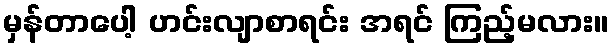
မှန်တာပေါ့ ဟင်းလျာစာရင်း အရင် ကြည့်မလား။